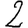
Digit: 2